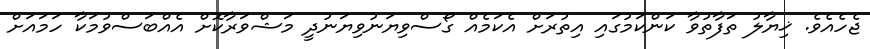
ޖެހެއެވެ. ޚިޔާލު ތަފާތުވާ ކަންކަމުގައި އިތުރަށް އެކަމެއް ގޯސްވިޔަނުވިޔަނުދީ މަޝްވަރާކޮށް އެއްބަސްވުމަކާ ހަމައަށް